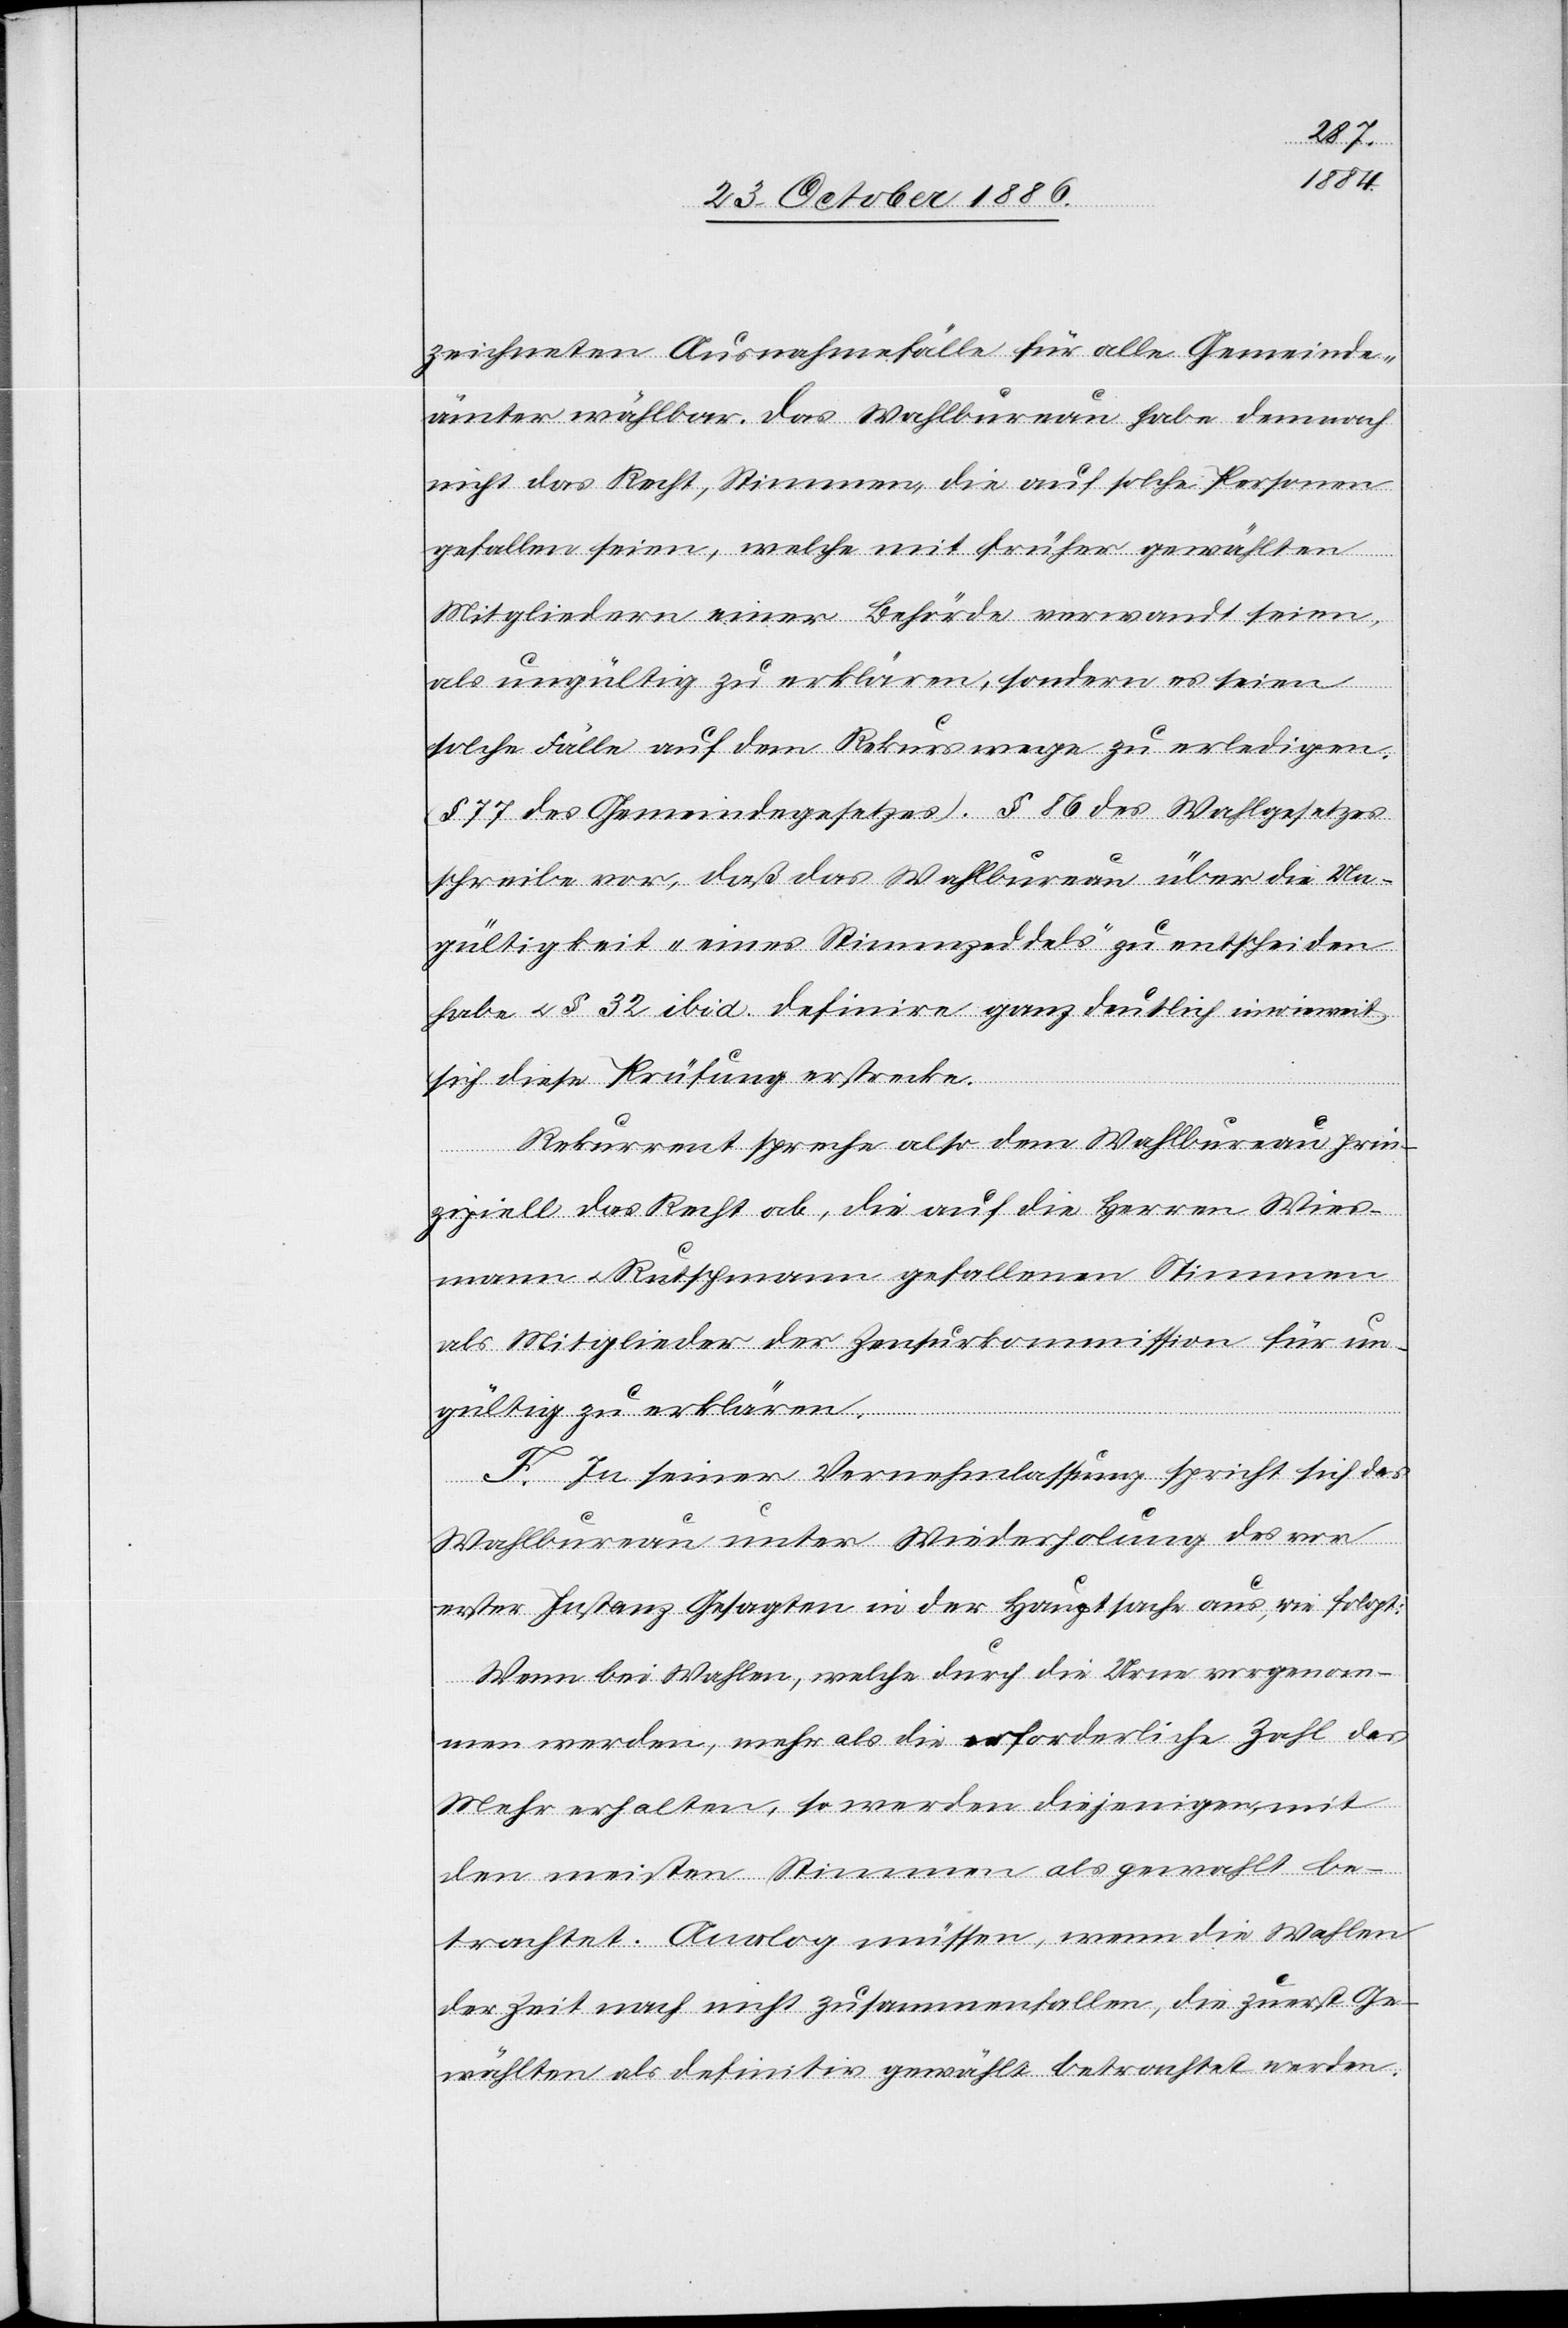
zeichneten Ausnahmefälle für alle Gemeinde¬
ämter wählbar. Das Wahlbureau habe demnach
nicht das Recht, Stimmen, die auf solche Personen
gefallen seien, welche mit früher gewählten
Mitgliedern einer Behörde verwandt seien,
als ungültig zu erklären, sondern es seien
solche Fälle auf dem Rekurswege zu erledigen.
(§ 77 des Gemeindegesetzes). § 86 des Wahlgesetzes
schreibe vor, daß das Wahlbureau über die Un¬
gültigkeit „eines Stimmzeddels“ zu entscheiden
habe & § 32 ibid. definire ganz deutlich inwieweit
sich diese Prüfung erstrecke.
Rekurrent spreche also dem Wahlbureau prin¬
zipiell das Recht ab, die auf die Herren Wies¬
mann & Rutschmann gefallenen Stimmen
als Mitglieder der Zensurkommission für un¬
gültig zu erklären.
F. In seiner Vernehmlassung spricht sich das
Wahlbureau unter Wiederholung des vor
erster Instanz Gesagten in der Hauptsache aus, wie folgt:
Wenn bei Wahlen, welche durch die Urne vorgenom¬
men werden, mehr als die erforderliche Zahl das
Mehr erhalten, so werden diejenigen, mit
den meisten Stimmen als gewahlt
betrachtet. Analog müssen, wenn die Wahlen
der Zeit nach nicht zusammenfallen, die zuerst Ge¬
wählten als definitiv gewählt betrachtet werden.